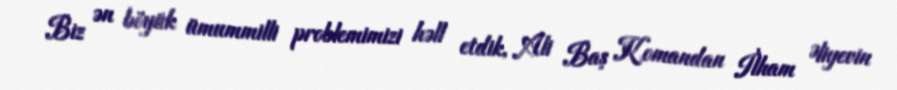
Biz ən böyük ümummilli problemimizi həll etdik, Ali Baş Komandan İlham Əliyevin